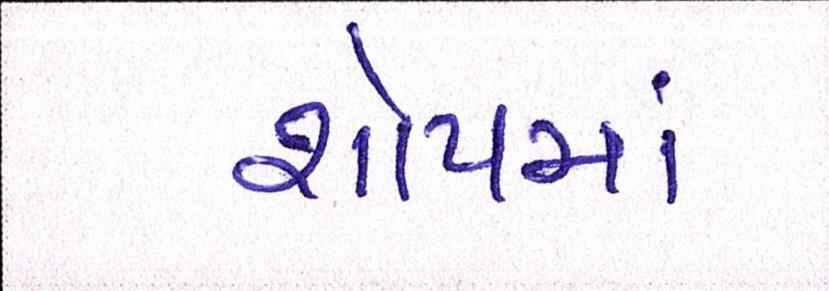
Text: શોપમાં